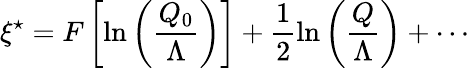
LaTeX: \xi^{\star}=F\left[\ln\left(\frac{Q_{0}}{\Lambda}\right)\right]+\frac{1}{2}\ln\left(\frac{Q}{\Lambda}\right)+\cdots